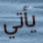
يأتي